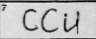
Transcription: CCU